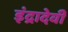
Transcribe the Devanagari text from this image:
इंद्रादेवी